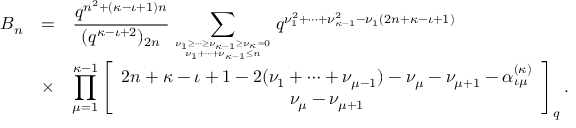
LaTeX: \begin{array} { r c l } { { B _ { n } } } & { { = } } & { { \displaystyle \frac { q ^ { n ^ { 2 } + ( \kappa - \iota + 1 ) n } } { ( q ^ { \kappa - \iota + 2 } ) _ { 2 n } } \sum _ { { \nu _ { 1 } \geq \cdots \geq \nu _ { \kappa - 1 } \geq \nu _ { \kappa } = 0 } \atop { \nu _ { 1 } + \cdots + \nu _ { \kappa - 1 } \leq n } } q ^ { \nu _ { 1 } ^ { 2 } + \cdots + \nu _ { \kappa - 1 } ^ { 2 } - \nu _ { 1 } ( 2 n + \kappa - \iota + 1 ) } } } \\ { { } } & { { \times } } & { { \displaystyle \prod _ { \mu = 1 } ^ { \kappa - 1 } \left[ \begin{array} { c } { { 2 n + \kappa - \iota + 1 - 2 ( \nu _ { 1 } + \cdots + \nu _ { \mu - 1 } ) - \nu _ { \mu } - \nu _ { \mu + 1 } - \alpha _ { \iota \mu } ^ { ( \kappa ) } } } \\ { { \nu _ { \mu } - \nu _ { \mu + 1 } } } \end{array} \right] _ { q } . } } \end{array}